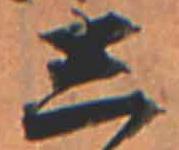
し